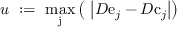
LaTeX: u \ : = \ \operatorname * { m a x } _ { \mathrm { j } } \left( \ \left| D \mathrm { e } _ { j } - D \mathrm { c } _ { j } \right| \right)